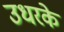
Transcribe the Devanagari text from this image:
उधरके